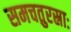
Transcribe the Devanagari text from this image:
समचतुरस्राः